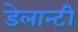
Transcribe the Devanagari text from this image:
डेलान्टी